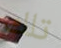
تلك